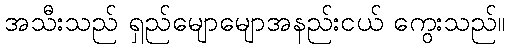
အသီးသည် ရှည်မျောမျောအနည်းငယ် ကွေးသည်။